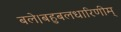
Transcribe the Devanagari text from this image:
बले।बहुबलधारिणीम्